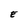
Character: E